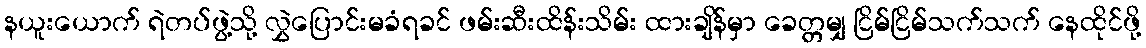
နယူးယောက် ရဲတပ်ဖွဲ့သို့ လွှဲပြောင်းမခံရခင် ဖမ်းဆီးထိန်းသိမ်း ထားချိန်မှာ ခေတ္တမျှ ငြိမ်ငြိမ်သက်သက် နေထိုင်ဖို့